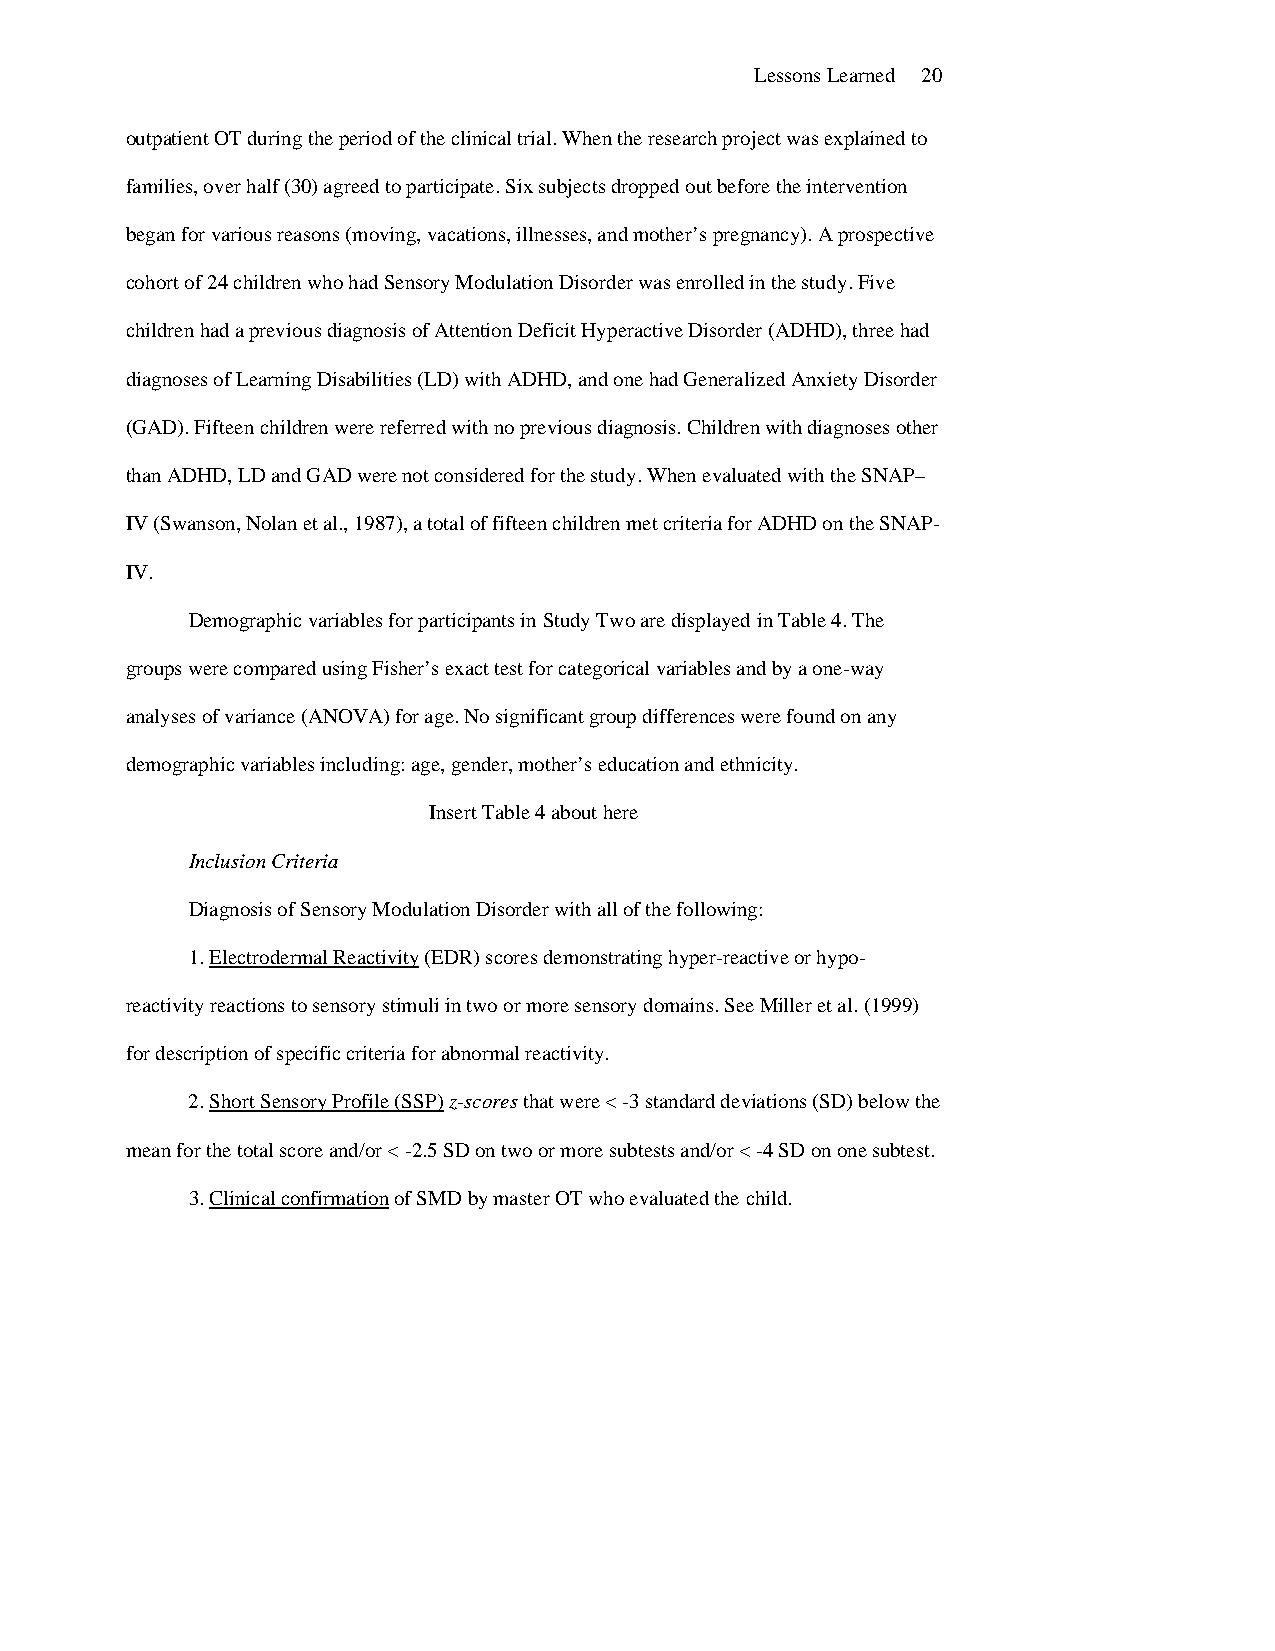
Lessons Learned 20
 outpatient OT during the period of the clinical trial. When the research project was explained to
 families, over half (30) agreed to participate. Six subjects dropped out before the intervention
 began for various reasons (moving, vacations, illnesses, and mother’s pregnancy). A prospective
 cohort of 24 children who had Sensory Modulation Disorder was enrolled in the study. Five
 children had a previous diagnosis of Attention Deficit Hyperactive Disorder (ADHD), three had
 diagnoses of Learning Disabilities (LD) with ADHD, and one had Generalized Anxiety Disorder
 (GAD). Fifteen children were referred with no previous diagnosis. Children with diagnoses other
 than ADHD, LD and GAD were not considered for the study. When evaluated with the SNAP–
 IV (Swanson, Nolan et al., 1987), a total of fifteen children met criteria for ADHD on the SNAP-
 IV.
 Demographic variables for participants in Study Two are displayed in Table 4. The
 groups were compared using Fisher’s exact test for categorical variables and by a one-way
 analyses of variance (ANOVA) for age. No significant group differences were found on any
 demographic variables including: age, gender, mother’s education and ethnicity.
 Insert Table 4 about here
 Inclusion Criteria
 Diagnosis of Sensory Modulation Disorder with all of the following:
 1. Electrodermal Reactivity (EDR) scores demonstrating hyper-reactive or hypo-
 reactivity reactions to sensory stimuli in two or more sensory domains. See Miller et al. (1999)
 for description of specific criteria for abnormal reactivity.
 2. Short Sensory Profile (SSP) z-scores that were < -3 standard deviations (SD) below the
 mean for the total score and/or < -2.5 SD on two or more subtests and/or < -4 SD on one subtest.
 3. Clinical confirmation of SMD by master OT who evaluated the child.